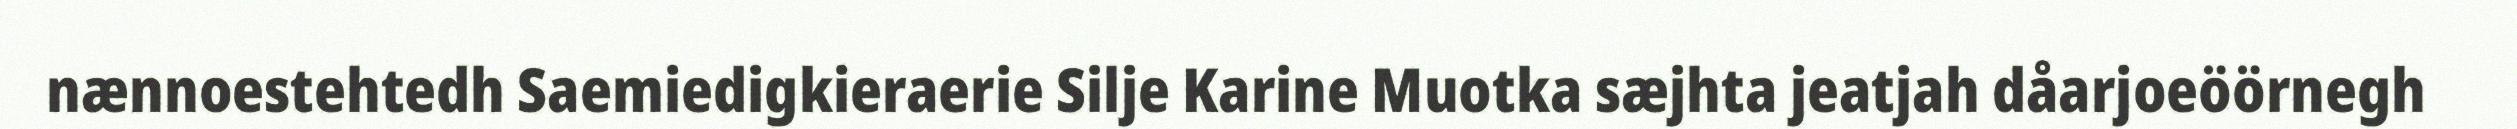
nænnoestehtedh Saemiedigkieraerie Silje Karine Muotka sæjhta jeatjah dåarjoeöörnegh